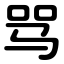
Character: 骂